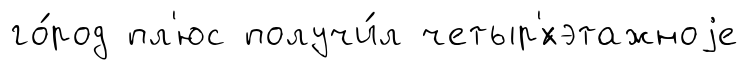
го́род пл'юс получи́л четыр'́хэтажноjе